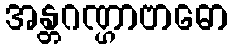
အန္တဂဏ္ဌာဗာဓော